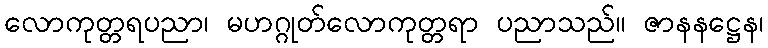
လောကုတ္တရပညာ၊ မဟဂ္ဂုတ်လောကုတ္တရာ ပညာသည်။ ဇာနနဋ္ဌေန၊